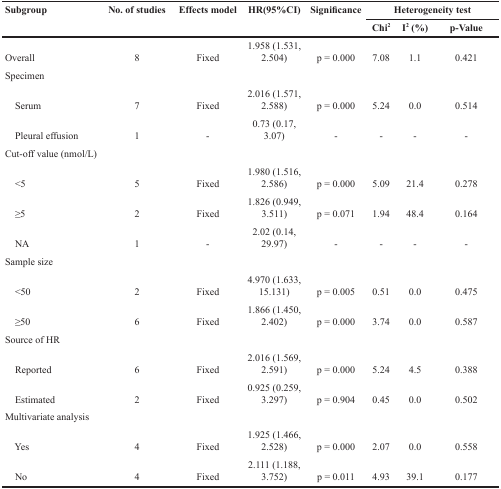
<table><thead><tr><td rowspan="2"><b>Subgroup</b></td><td rowspan="2"><b>No. of studies</b></td><td rowspan="2"><b>Effects model</b></td><td rowspan="2"><b>HR(95%CI)</b></td><td rowspan="2"><b>Significance</b></td><td colspan="3"><b>Heterogeneity test</b></td></tr><tr><td><b>Chi<sup>2</sup></b></td><td><b>I<sup>2</sup> (%)</b></td><td><b>p-Value</b></td></tr></thead><tbody><tr><td>Overall</td><td>8</td><td>Fixed</td><td>1.958 (1.531, 2.504)</td><td>p = 0.000</td><td>7.08</td><td>1.1</td><td>0.421</td></tr><tr><td>Specimen</td><td></td><td></td><td></td><td></td><td></td><td></td><td></td></tr><tr><td> Serum</td><td>7</td><td>Fixed</td><td>2.016 (1.571, 2.588)</td><td>p = 0.000</td><td>5.24</td><td>0.0</td><td>0.514</td></tr><tr><td> Pleural effusion</td><td>1</td><td>-</td><td>0.73 (0.17, 3.07)</td><td>-</td><td>-</td><td>-</td><td>-</td></tr><tr><td>Cut-off value (nmol/L)</td><td></td><td></td><td></td><td></td><td></td><td></td><td></td></tr><tr><td> &lt;5</td><td>5</td><td>Fixed</td><td>1.980 (1.516, 2.586)</td><td>p = 0.000</td><td>5.09</td><td>21.4</td><td>0.278</td></tr><tr><td> ≥5</td><td>2</td><td>Fixed</td><td>1.826 (0.949, 3.511)</td><td>p = 0.071</td><td>1.94</td><td>48.4</td><td>0.164</td></tr><tr><td> NA</td><td>1</td><td>-</td><td>2.02 (0.14, 29.97)</td><td>-</td><td>-</td><td>-</td><td>-</td></tr><tr><td>Sample size</td><td></td><td></td><td></td><td></td><td></td><td></td><td></td></tr><tr><td> &lt;50</td><td>2</td><td>Fixed</td><td>4.970 (1.633, 15.131)</td><td>p = 0.005</td><td>0.51</td><td>0.0</td><td>0.475</td></tr><tr><td> ≥50</td><td>6</td><td>Fixed</td><td>1.866 (1.450, 2.402)</td><td>p = 0.000</td><td>3.74</td><td>0.0</td><td>0.587</td></tr><tr><td>Source of HR</td><td></td><td></td><td></td><td></td><td></td><td></td><td></td></tr><tr><td> Reported</td><td>6</td><td>Fixed</td><td>2.016 (1.569, 2.591)</td><td>p = 0.000</td><td>5.24</td><td>4.5</td><td>0.388</td></tr><tr><td> Estimated</td><td>2</td><td>Fixed</td><td>0.925 (0.259, 3.297)</td><td>p = 0.904</td><td>0.45</td><td>0.0</td><td>0.502</td></tr><tr><td>Multivariate analysis</td><td></td><td></td><td></td><td></td><td></td><td></td><td></td></tr><tr><td> Yes</td><td>4</td><td>Fixed</td><td>1.925 (1.466, 2.528)</td><td>p = 0.000</td><td>2.07</td><td>0.0</td><td>0.558</td></tr><tr><td> No</td><td>4</td><td>Fixed</td><td>2.111 (1.188, 3.752)</td><td>p = 0.011</td><td>4.93</td><td>39.1</td><td>0.177</td></tr></tbody></table>